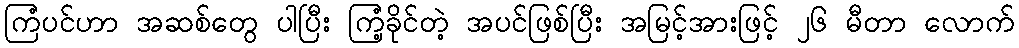
ကြံပင်ဟာ အဆစ်တွေ ပါပြီး ကြံ့ခိုင်တဲ့ အပင်ဖြစ်ပြီး အမြင့်အားဖြင့် ၂၆ မီတာ လောက်